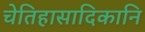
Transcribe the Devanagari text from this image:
चेतिहासादिकानि